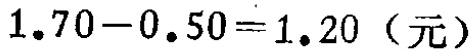
\(1.70 - 0.50 = 1.20\)（元）